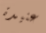
عنيدة